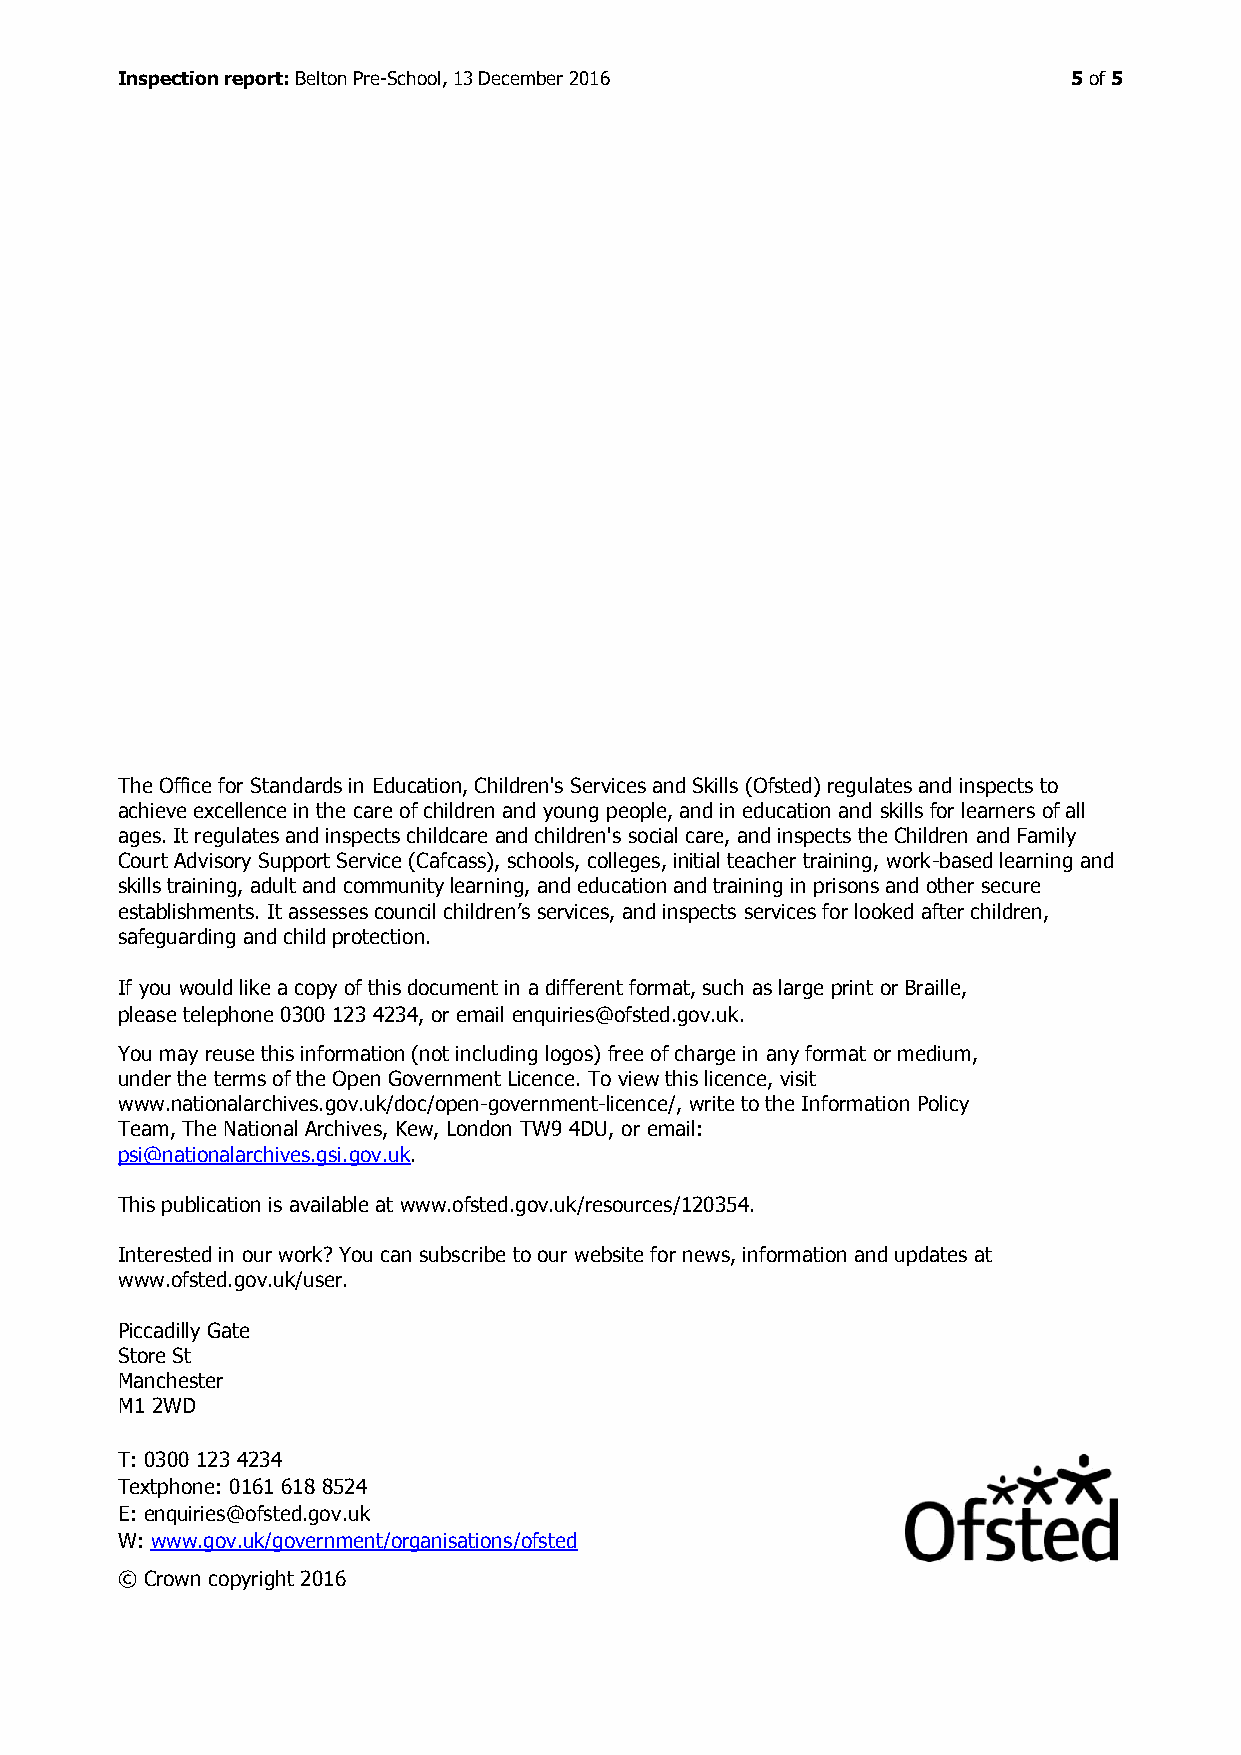
Inspection report: Belton Pre-School, 13 December 2016         5 of 5
 The Office for Standards in Education, Children's Services and Skills (Ofsted) regulates and inspects to
 achieve excellence in the care of children and young people, and in education and skills for learners of all
 ages. It regulates and inspects childcare and children's social care, and inspects the Children and Family
 Court Advisory Support Service (Cafcass), schools, colleges, initial teacher training, work-based learning and
 skills training, adult and community learning, and education and training in prisons and other secure
 establishments. It assesses council children’s services, and inspects services for looked after children,
 safeguarding and child protection.
 If you would like a copy of this document in a different format, such as large print or Braille,
 please telephone 0300 123 4234, or email enquiries@ofsted.gov.uk.
 You may reuse this information (not including logos) free of charge in any format or medium,
 under the terms of the Open Government Licence. To view this licence, visit
 www.nationalarchives.gov.uk/doc/open-government-licence/, write to the Information Policy
 Team, The National Archives, Kew, London TW9 4DU, or email:
 psi@nationalarchives.gsi.gov.uk.
 This publication is available at www.ofsted.gov.uk/resources/120354.
 Interested in our work? You can subscribe to our website for news, information and updates at
 www.ofsted.gov.uk/user.
 Piccadilly Gate
 Store St
 Manchester
 M1 2WD
 T: 0300 123 4234
 Textphone: 0161 618 8524
 E: enquiries@ofsted.gov.uk
 W: www.gov.uk/government/organisations/ofsted
 © Crown copyright 2016